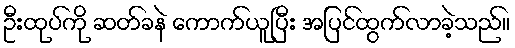
ဦးထုပ်ကို ဆတ်ခနဲ ကောက်ယူပြီး အပြင်ထွက်လာခဲ့သည်။